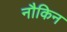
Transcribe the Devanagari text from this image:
नौकिन